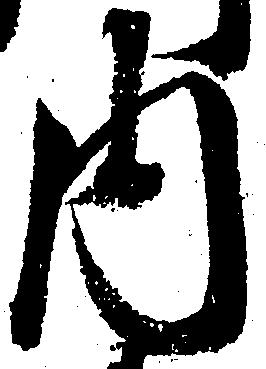
内